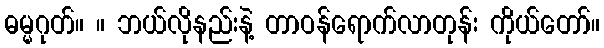
ဓမ္မဂုတ်။ ။ ဘယ်လိုနည်းနဲ့ တာဝန်ရောက်လာတုန်း ကိုယ်တော်။